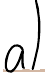
a)